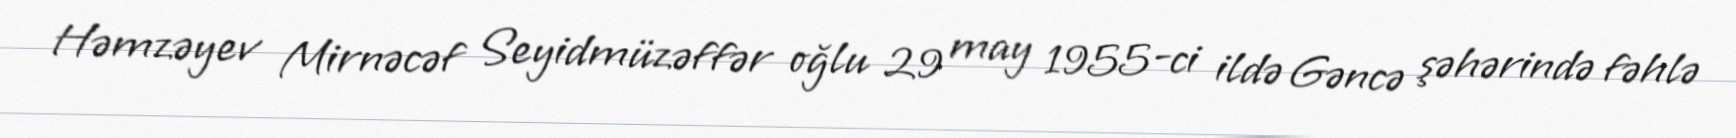
Həmzəyev Mirnəcəf Seyidmüzəffər oğlu 29 may 1955-ci ildə Gəncə şəhərində fəhlə